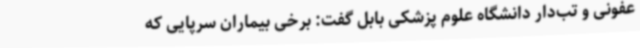
عفونی و تب‌دار دانشگاه علوم پزشکی بابل گفت: برخی بیماران سرپایی که